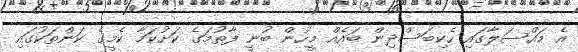
އެ މައްސަލާގައި ހެކިބަސްދިން ބައެއް މީހުން ބުނީ ފާތުމަގެ ކަށުކަމާ ކެމީގެ ކަންތަކުގައި